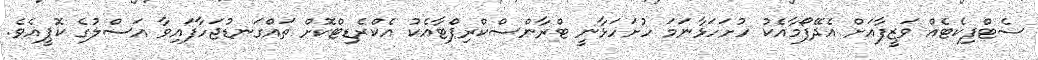
ސެޓްފިކެޓެއް ވަޒީފާއަށް އެދޭފޯމާއެކު ހުށަހަޅާނަމަ ހުށަހަޅާނީ ޓްރާންސްކްރިޕްޓާއެކު އެކްރެޑިޓްކޮށް ތައްގަނޑުޖަހާފައިވާ އަސްލުގެ ކޮޕީއެވެ.